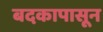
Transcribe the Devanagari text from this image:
बदकापासून